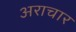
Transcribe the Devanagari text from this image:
अराचार